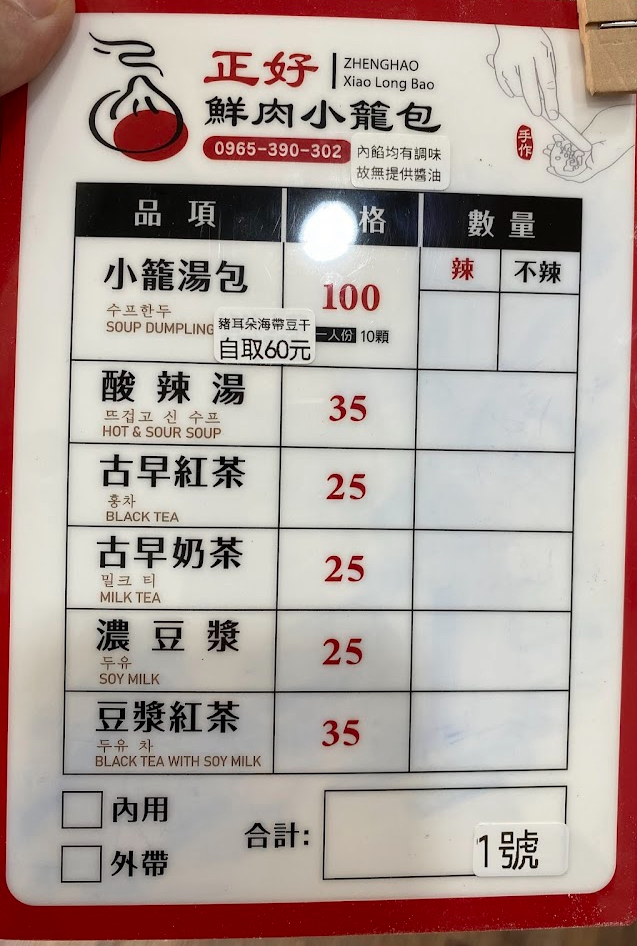
餐廳：正好鮮肉小籠包
電話：0965-390-302
菜單：
name: 小籠湯包
price: 100
name: 酸辣湯
price: 35
name: 古早紅茶
price: 25
name: 古早奶茶
price: 25
name: 濃豆漿
price: 25
name: 豆漿紅茶
price: 35